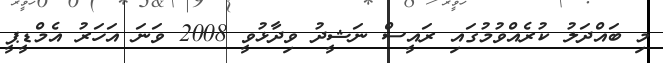
މި ބައްދަލު ކުރެއްވުމުގައި ރައީސް ނަޝީދު ވިދާޅުވީ 2008 ވަނަ އަހަރު އެމްޑީޕީ